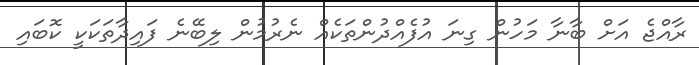
ރާއްޖެ އަށް ބާނާ މަހުން ގިނަ އުފެއްދުންތަކެއް ނެރުމުން ލިބޭނެ ފައިދާތަކަކީ ކޮބައި